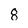
Character: 8